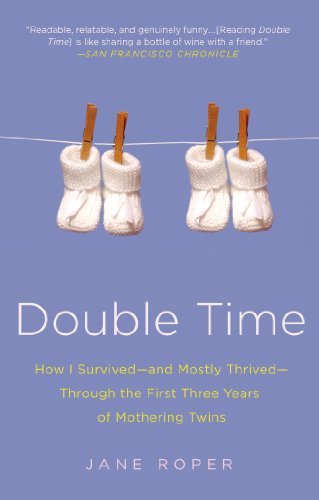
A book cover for Double Time: How I Survived---and Mostly Thrived---Through the First Three Years of Mothering Twins; Jane Roper; Parenting & Relationships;